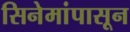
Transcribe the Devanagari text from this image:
सिनेमांपासून